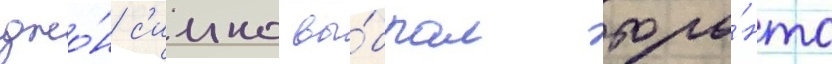
джо́н с'имко вы́брал торо́нто